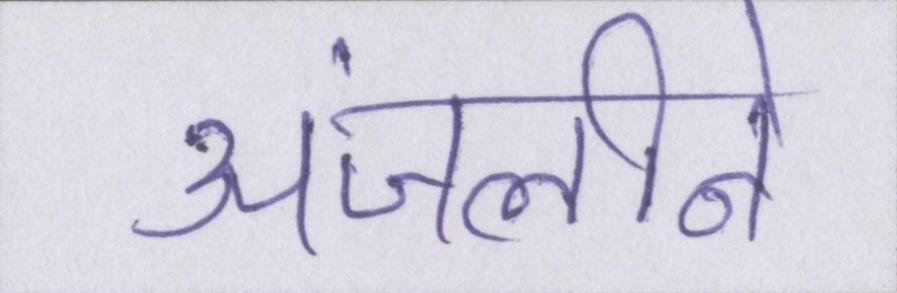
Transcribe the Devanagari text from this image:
अंजलीने